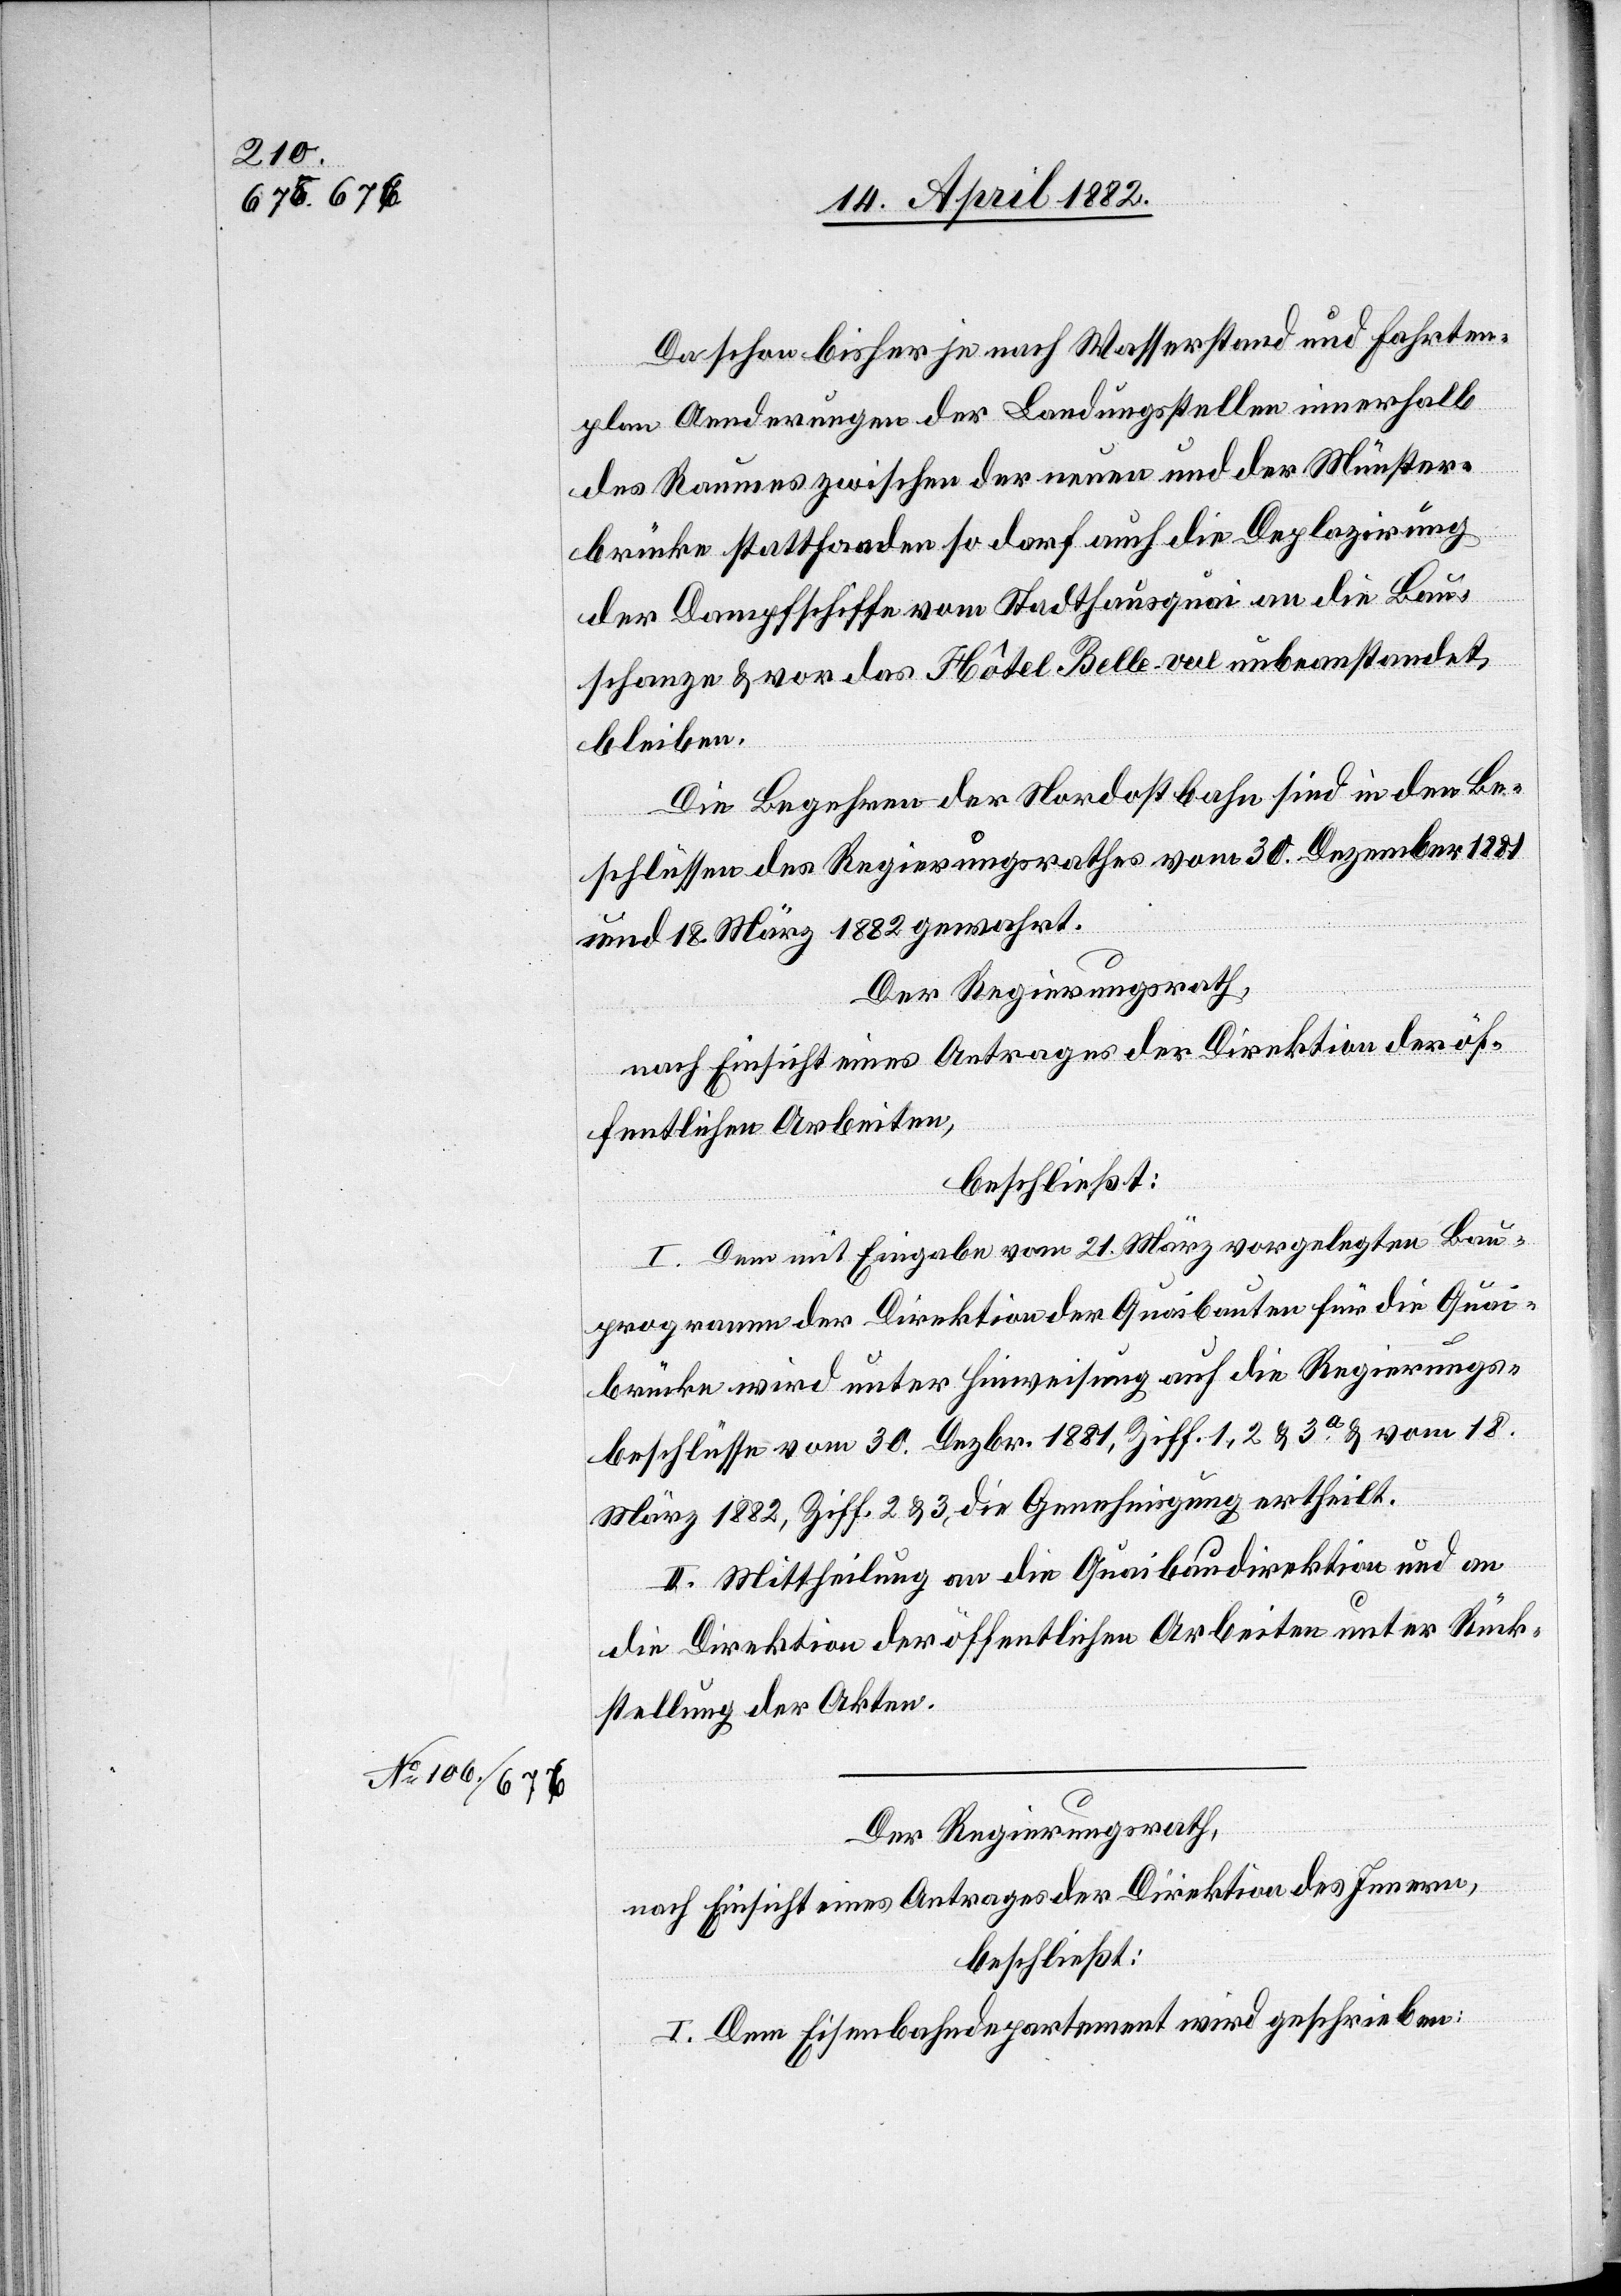
Da schon bisher je nach Wasserstand und Fahrten¬
plan Aenderungen der Landungsstellen innerhalb
des Raumes zwischen der neuen und der Münster¬
brücke stattfanden so darf auch die Deplazirung
der Dampfschiffe vom Stadthausquai an die Bau¬
schanze & vor das Hôtel Belle-vue unbeanstandet
bleiben.
Die Begehren der Nordostbahn sind in den Be¬
schlüssen des Regierungsrathes vom 30. Dezember 1881
und 18. März 1882 gewahrt.
Der Regierungsrath,
nach Einsicht eines Antrages der Direktion der öf¬
fentlichen Arbeiten,
beschließt:
I. Dem mit Eingabe vom 21. März vorgelegten Bau¬
programm der Direktion der Quaibauten für die Quai¬
brücke wird unter Hinweisung auf die Regierungs¬
beschlüsse vom 30. Dezbr. 1881, Ziff. 1, 2 & 3a & vom 18.
März 1882, Ziff. 2 & 3, die Genehmigung ertheilt.
II. Mittheilung an die Quaibaudirektion und an
die Direktion der öffentlichen Arbeiten unter Rück¬
stellung der Akten.
Der Regierungsrath,
nach Einsicht eines Antrages der Direktion des Innern,
beschließt:
I. Dem Eisenbahndepartement wird geschrieben: